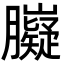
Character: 𦢾